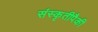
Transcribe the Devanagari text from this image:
संस्कृतीपैकी